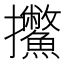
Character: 𱡕